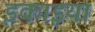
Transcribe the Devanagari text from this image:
इकाइयांँ